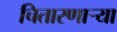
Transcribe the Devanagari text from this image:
चितारणाऱ्या